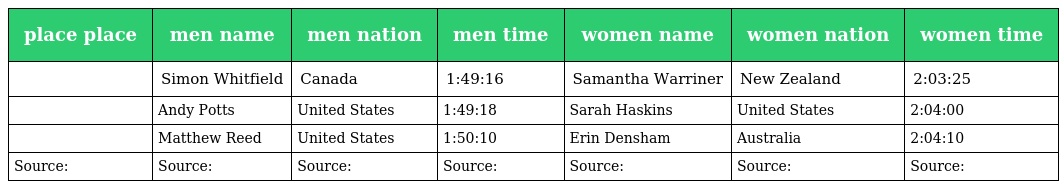
| place place | men name | men nation | men time | women name | women nation | women time |
 | --- | --- | --- | --- | --- | --- | --- |
 |  | Simon Whitfield | Canada | 1:49:16 | Samantha Warriner | New Zealand | 2:03:25 |
 |  | Andy Potts | United States | 1:49:18 | Sarah Haskins | United States | 2:04:00 |
 |  | Matthew Reed | United States | 1:50:10 | Erin Densham | Australia | 2:04:10 |
 | Source: | Source: | Source: | Source: | Source: | Source: | Source: |